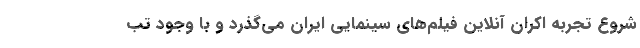
شروع تجربه اکران آنلاین فیلم‌های سینمایی ایران می‌گذرد و با وجود تب